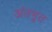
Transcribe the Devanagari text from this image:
अंतभूत